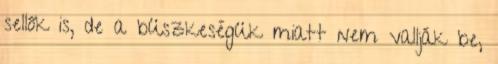
sellők is, de a büszkeségük miatt nem vallják be,